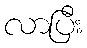
လာပြီး